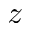
z